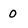
Character: 0